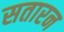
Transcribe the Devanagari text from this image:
सतारन